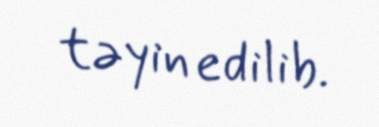
təyin edilib.